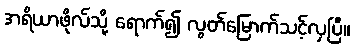
အရိယာဖိုလ်သို့ ရောက်၍ လွတ်မြောက်သင့်လှပြီ။